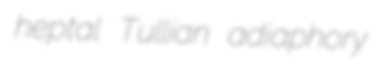
heptal Tullian adiaphory